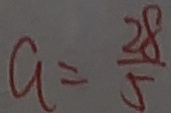
a = \frac { 2 8 } { 5 }